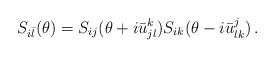
\begin{align*}S_{i\bar{l}}(\theta)=S_{ij}(\theta+i\bar{u}_{jl}^{k})S_{ik}(\theta-i\bar{u}_{lk}^{j})\,.\end{align*}